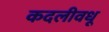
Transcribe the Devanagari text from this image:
कदलीवधू